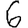
Digit: 6